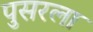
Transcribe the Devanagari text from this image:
पुसरला